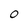
Character: 0